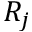
R _ { j }